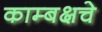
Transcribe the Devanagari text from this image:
काम्बक्षचे